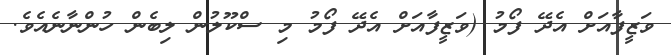
ވަޒީފާއަށް އެދޭ ފޯމު (ވަޒީފާއަށް އެދޭ ފޯމު މި ސްކޫލުން ލިބެން ހުންނާނެއެވެ.